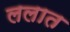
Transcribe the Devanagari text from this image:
ललात